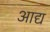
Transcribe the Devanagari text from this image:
अाद्य